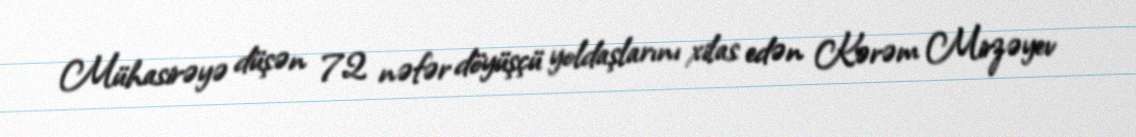
Mühasirəyə düşən 72 nəfər döyüşçü yoldaşlarını xilas edən Kərəm Mirzəyev